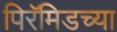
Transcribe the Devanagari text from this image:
पिरॅमिडच्या